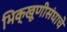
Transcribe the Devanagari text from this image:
भिक्खूणीसंघाचे